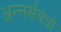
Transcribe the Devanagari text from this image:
अन्तर्संबंधों